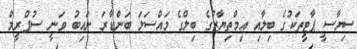
ސިޔާސީ ޕާޓީތަކުގެ ބިލާއި އިމްތިޔާޒުގެ ބިލްގެ މައްސަލަ ބަންޑާރަ ނައިބު ވަނީ ސުޕްރީމް